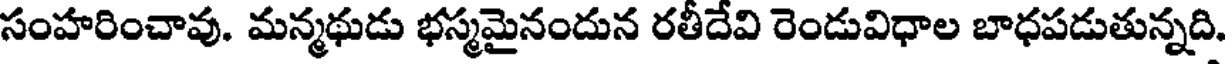
సంహరించావు. మన్మథుడు భస్మమైనందున రతీదేవి రెండువిధాల బాధపడుతున్నది